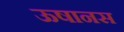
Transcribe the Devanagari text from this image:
ऊषानस